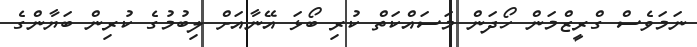
ނަމަވެސް ގްރީޒްމަން ހޯދަން މަސައްކަތް ކުރި ބޯޅަ އޭނާއަށް ލިބުމުގެ ކުރިން ބަޔާންގެ